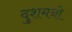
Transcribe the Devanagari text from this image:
दुशमनो